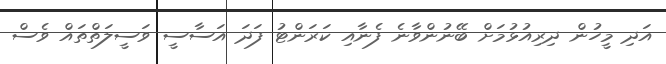
އަދި މީހުން ދިިރިއުޅުމަށް ބޭނުންވާނެ ފެނާއި ކަރަންޓު ފަދަ އަސާސީ ވަސީލަތްތައް ވެސް